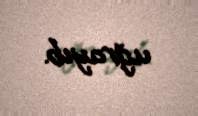
uğrayıb.